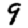
Digit: 9